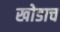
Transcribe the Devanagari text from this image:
खोडाच